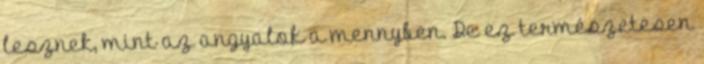
lesznek, mint az angyalok a mennyben. De ez természetesen